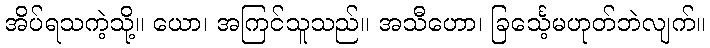
အိပ်ရသကဲ့သို့။ ယော၊ အကြင်သူသည်။ အသီဟော၊ ခြင်္သေ့မဟုတ်ဘဲလျက်။